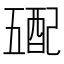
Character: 𲆮